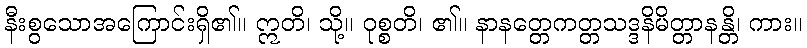
နီးစွသောအကြောင်းရှိ၏။ ဣတိ၊ သို့။ ဝုစ္စတိ၊ ၏။ နာနတ္တေကတ္တသဒ္ဒနိမိတ္တာနန္တိ၊ ကား။